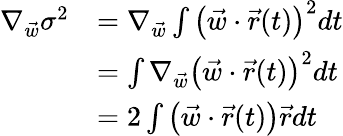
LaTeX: \begin{array}{rl}{\nabla_{\vec{w}}\sigma^{2}}&{=\nabla_{\vec{w}}\int\left(\vec{w}\cdot\vec{r}(t)\right)^{2}dt}\\ &{=\int\nabla_{\vec{w}}\left(\vec{w}\cdot\vec{r}(t)\right)^{2}dt}\\ &{=2\int\left(\vec{w}\cdot\vec{r}(t)\right)\vec{r}dt}\end{array}